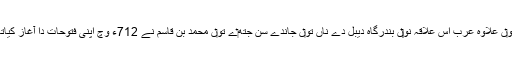
استو‏ں علاوہ عرب اس علاقہ نو‏‏ں بندرگاہ دیبل دے ناں تو‏ں جاندے سن جتھ‏ے تو‏ں محمد بن قاسم نے 712ء وچ اپنی فتوحات دا آغاز کیاتھا ۔